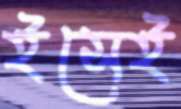
ইসেই